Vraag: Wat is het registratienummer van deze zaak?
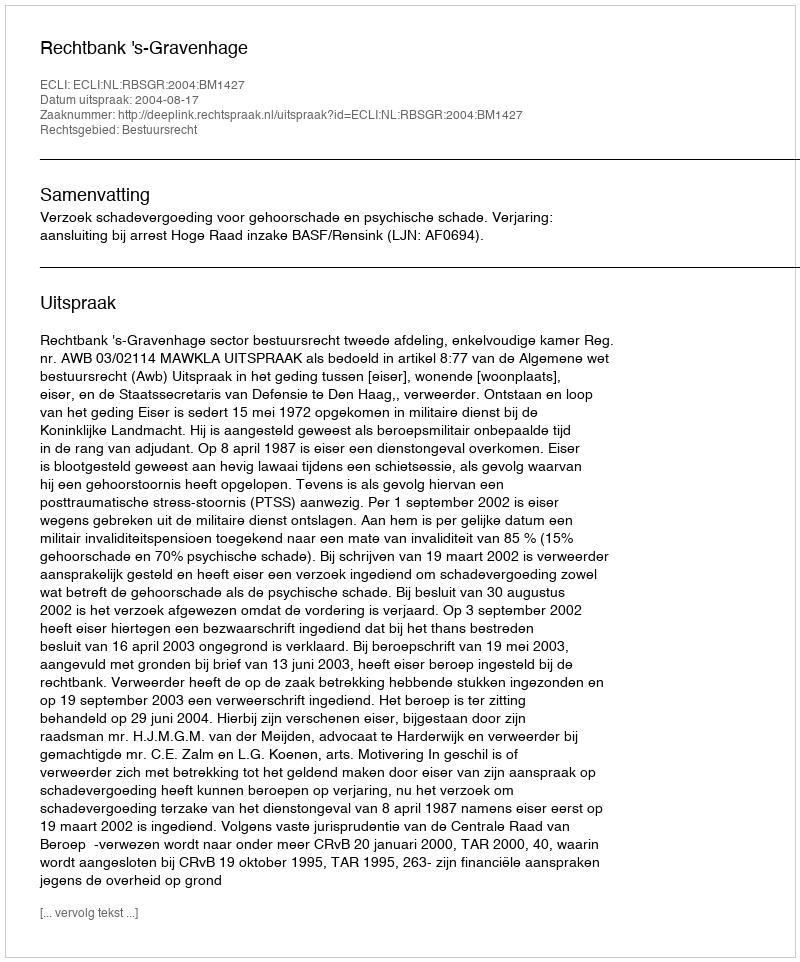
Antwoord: http://deeplink.rechtspraak.nl/uitspraak?id=ECLI:NL:RBSGR:2004:BM1427